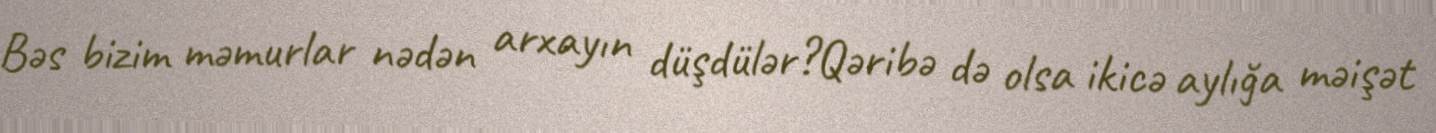
Bəs bizim məmurlar nədən arxayın düşdülər?Qəribə də olsa ikicə aylığa məişət